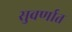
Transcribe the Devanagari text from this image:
सुवर्णात